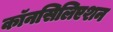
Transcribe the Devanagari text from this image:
कॉनसिलिएशन